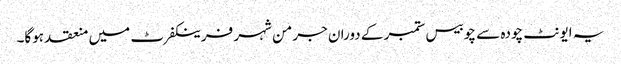
یہ ایونٹ چودہ سے چوبیس ستمبر کے دوران جرمن شہر فرینکفرٹ میں منعقد ہوگا۔